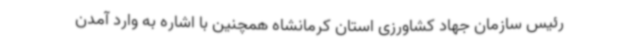
رئیس سازمان جهاد کشاورزی استان کرمانشاه همچنین با اشاره به وارد آمدن